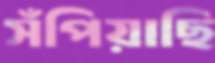
সঁপিয়াছি